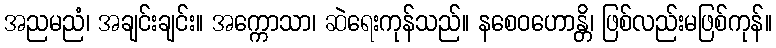
အညမညံ၊ အချင်းချင်း။ အက္ကောသာ၊ ဆဲရေးကုန်သည်။ နစေဝဟောန္တိ၊ ဖြစ်လည်းမဖြစ်ကုန်။